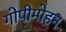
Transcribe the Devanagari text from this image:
गोपीमोहन